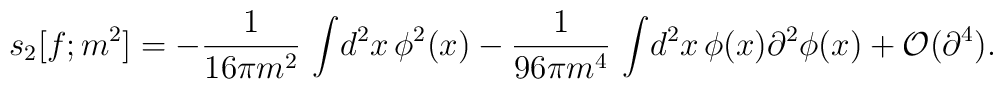
s_{2}[f;m^{2}]=-{1\over 16\pi m^{2}}\,\int\! d^{2}x\,\phi ^{2}(x) -{1\over 96\pi m^{4}}\,\int\! d^{2}x\, \phi(x)\partial^{2}\phi(x) +{\cal O}(\partial ^{4}).